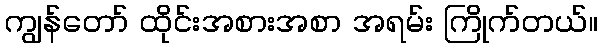
ကျွန်တော် ထိုင်းအစားအစာ အရမ်း ကြိုက်တယ်။